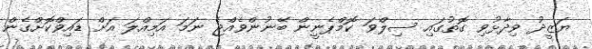
ޔަޒީދު ވިދާޅުވި ގޮތުގައި ސިލްވަ ކޮމްޕެނީން ބޭނުންވެއްޖެ ނަމަ އަމިއްލަ އަށް ޑައިވްކޮށްގެން